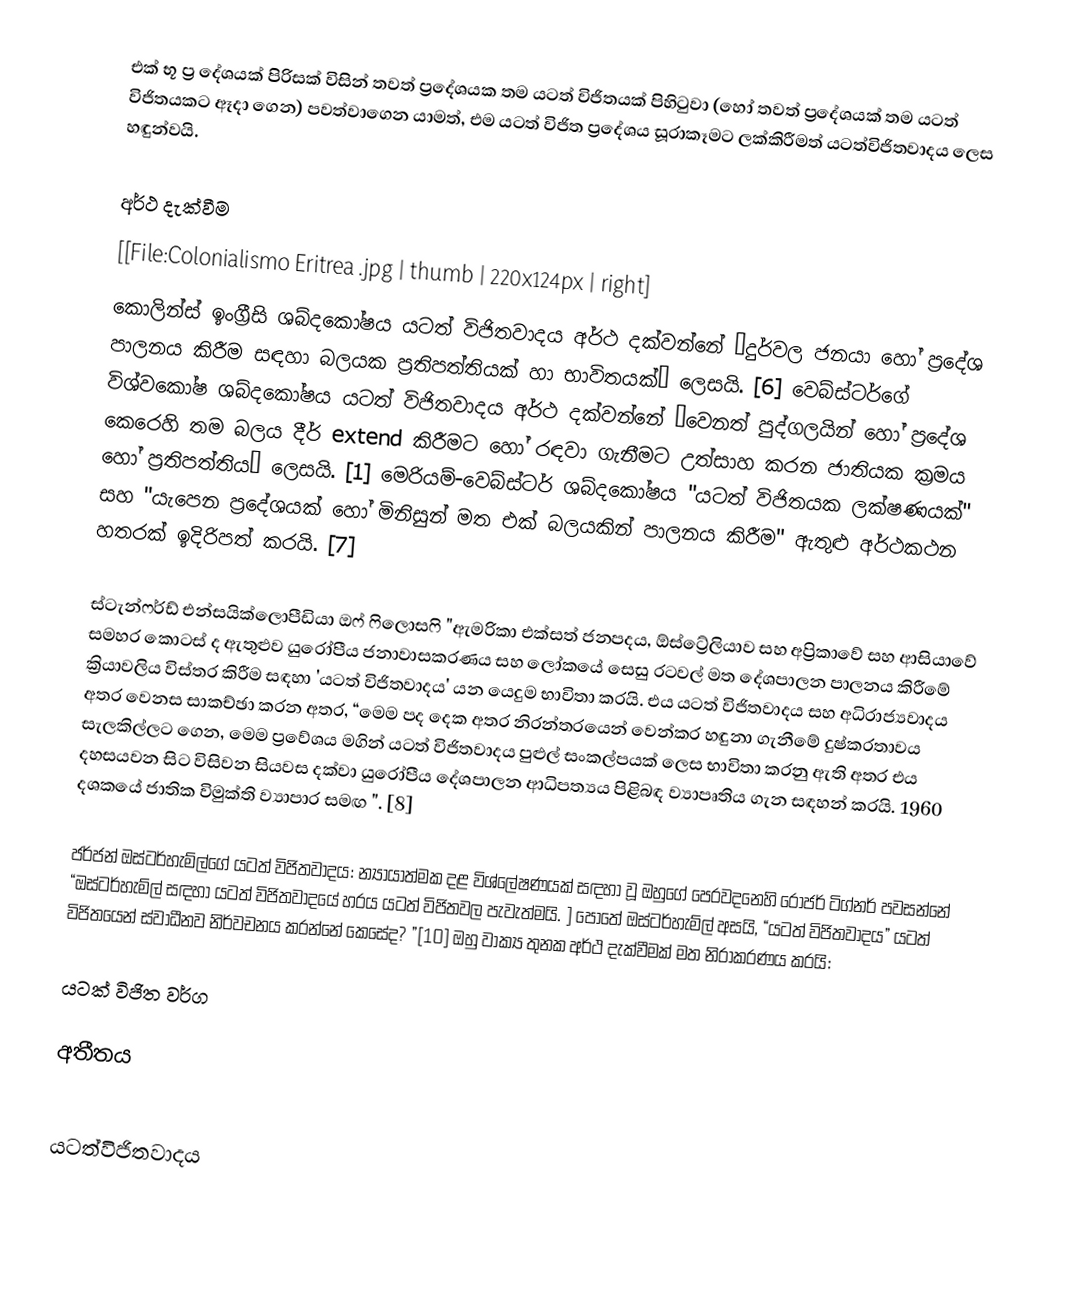
එක් භූ ප්‍ර දේශයක් පිරිසක් විසින් තවත් ප්‍රදේශයක තම යටත් විජිතයක් පිහිටුවා (හෝ තවත් ප්‍රදේශයක් තම යටත් විජිතයකට ඈදා ගෙන) පවත්වාගෙන යාමත්, එම යටත් විජිත ප්‍රදේශය සූරාකෑමට ලක්කිරීමත් යටත්විජිතවාදය ලෙස හඳුන්වයි.

අර්ථ දැක්වීම
[[File:Colonialismo Eritrea .jpg | thumb | 220x124px | right]
කොලින්ස් ඉංග්‍රීසි ශබ්දකෝෂය යටත් විජිතවාදය අර්ථ දක්වන්නේ “දුර්වල ජනයා හෝ ප්‍රදේශ පාලනය කිරීම සඳහා බලයක ප්‍රතිපත්තියක් හා භාවිතයක්” ලෙසයි. [6]  වෙබ්ස්ටර්ගේ විශ්වකෝෂ ශබ්දකෝෂය යටත් විජිතවාදය අර්ථ දක්වන්නේ “වෙනත් පුද්ගලයින් හෝ ප්‍රදේශ කෙරෙහි තම බලය දීර් extend කිරීමට හෝ රඳවා ගැනීමට උත්සාහ කරන ජාතියක ක්‍රමය හෝ ප්‍රතිපත්තිය” ලෙසයි. [1]  මෙරියම්-වෙබ්ස්ටර් ශබ්දකෝෂය "යටත් විජිතයක ලක්ෂණයක්" සහ "යැපෙන ප්‍රදේශයක් හෝ මිනිසුන් මත එක් බලයකින් පාලනය කිරීම" ඇතුළු අර්ථකථන හතරක් ඉදිරිපත් කරයි. [7]

 ස්ටැන්ෆර්ඩ් එන්සයික්ලොපීඩියා ඔෆ් ෆිලොසෆි "ඇමරිකා එක්සත් ජනපදය, ඕස්ට්‍රේලියාව සහ අප්‍රිකාවේ සහ ආසියාවේ සමහර කොටස් ද ඇතුළුව යුරෝපීය ජනාවාසකරණය සහ ලෝකයේ සෙසු රටවල් මත දේශපාලන පාලනය කිරීමේ ක්‍රියාවලිය විස්තර කිරීම සඳහා 'යටත් විජිතවාදය' යන යෙදුම භාවිතා කරයි.  එය යටත් විජිතවාදය සහ අධිරාජ්‍යවාදය අතර වෙනස සාකච්ඡා කරන අතර, “මෙම පද දෙක අතර නිරන්තරයෙන් වෙන්කර හඳුනා ගැනීමේ දුෂ්කරතාවය සැලකිල්ලට ගෙන, මෙම ප්‍රවේශය මගින් යටත් විජිතවාදය පුළුල් සංකල්පයක් ලෙස භාවිතා කරනු ඇති අතර එය දහසයවන සිට විසිවන සියවස දක්වා යුරෝපීය දේශපාලන ආධිපත්‍යය පිළිබඳ ව්‍යාපෘතිය ගැන සඳහන් කරයි.  1960 දශකයේ ජාතික විමුක්ති ව්‍යාපාර සමඟ ". [8]

 ජර්ජන් ඔස්ටර්හැම්ල්ගේ යටත් විජිතවාදය: න්‍යායාත්මක දළ විශ්ලේෂණයක් සඳහා වූ ඔහුගේ පෙරවදනෙහි රොජර් ටිග්නර් පවසන්නේ “ඔස්ටර්හැම්ල් සඳහා යටත් විජිතවාදයේ හරය යටත් විජිතවල පැවැත්මයි.  ] පොතේ ඔස්ටර්හැම්ල් අසයි, “යටත් විජිතවාදය” යටත් විජිතයෙන් ස්වාධීනව නිර්වචනය කරන්නේ කෙසේද? ”[10] ඔහු වාක්‍ය තුනක අර්ථ දැක්වීමක් මත නිරාකරණය කරයි:

යටක් විජිත වර්ග

අතීතය

යටත්විජිතවාදය